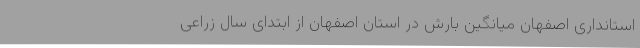
استانداری اصفهان میانگین بارش در استان اصفهان از ابتدای سال زراعی